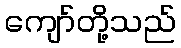
ကျော်တို့သည်